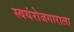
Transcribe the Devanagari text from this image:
स्वयंरोजगाराला